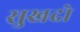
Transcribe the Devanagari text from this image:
सुखदो